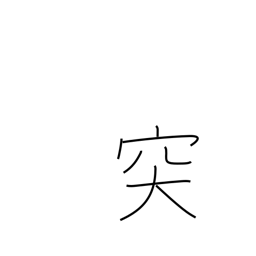
Meaning: protruding